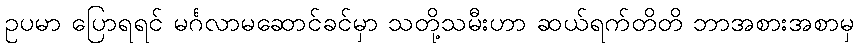
ဥပမာ ပြောရရင် မင်္ဂလာမဆောင်ခင်မှာ သတို့သမီးဟာ ဆယ်ရက်တိတိ ဘာအစားအစာမှ